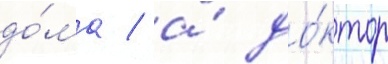
до́ма / а́ до́ктор